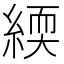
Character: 緛